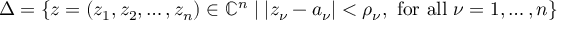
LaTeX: \Delta = \{ z = ( z _ { 1 } , z _ { 2 } , \dots , z _ { n } ) \in { \mathbb { C } } ^ { n } \mid | z _ { \nu } - a _ { \nu } | < \rho _ { \nu } , { \mathrm { ~ f o r ~ a l l ~ } } \nu = 1 , \dots , n \}